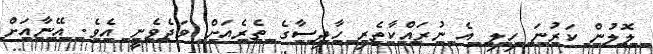
ލޮލުން ކަރުނަ ހިލި އެ ނުރައްކާތެރި ހާދިސާގެ ތެރެއަށް ވަދެވެނީ އެވެ. އޭނާއަށް